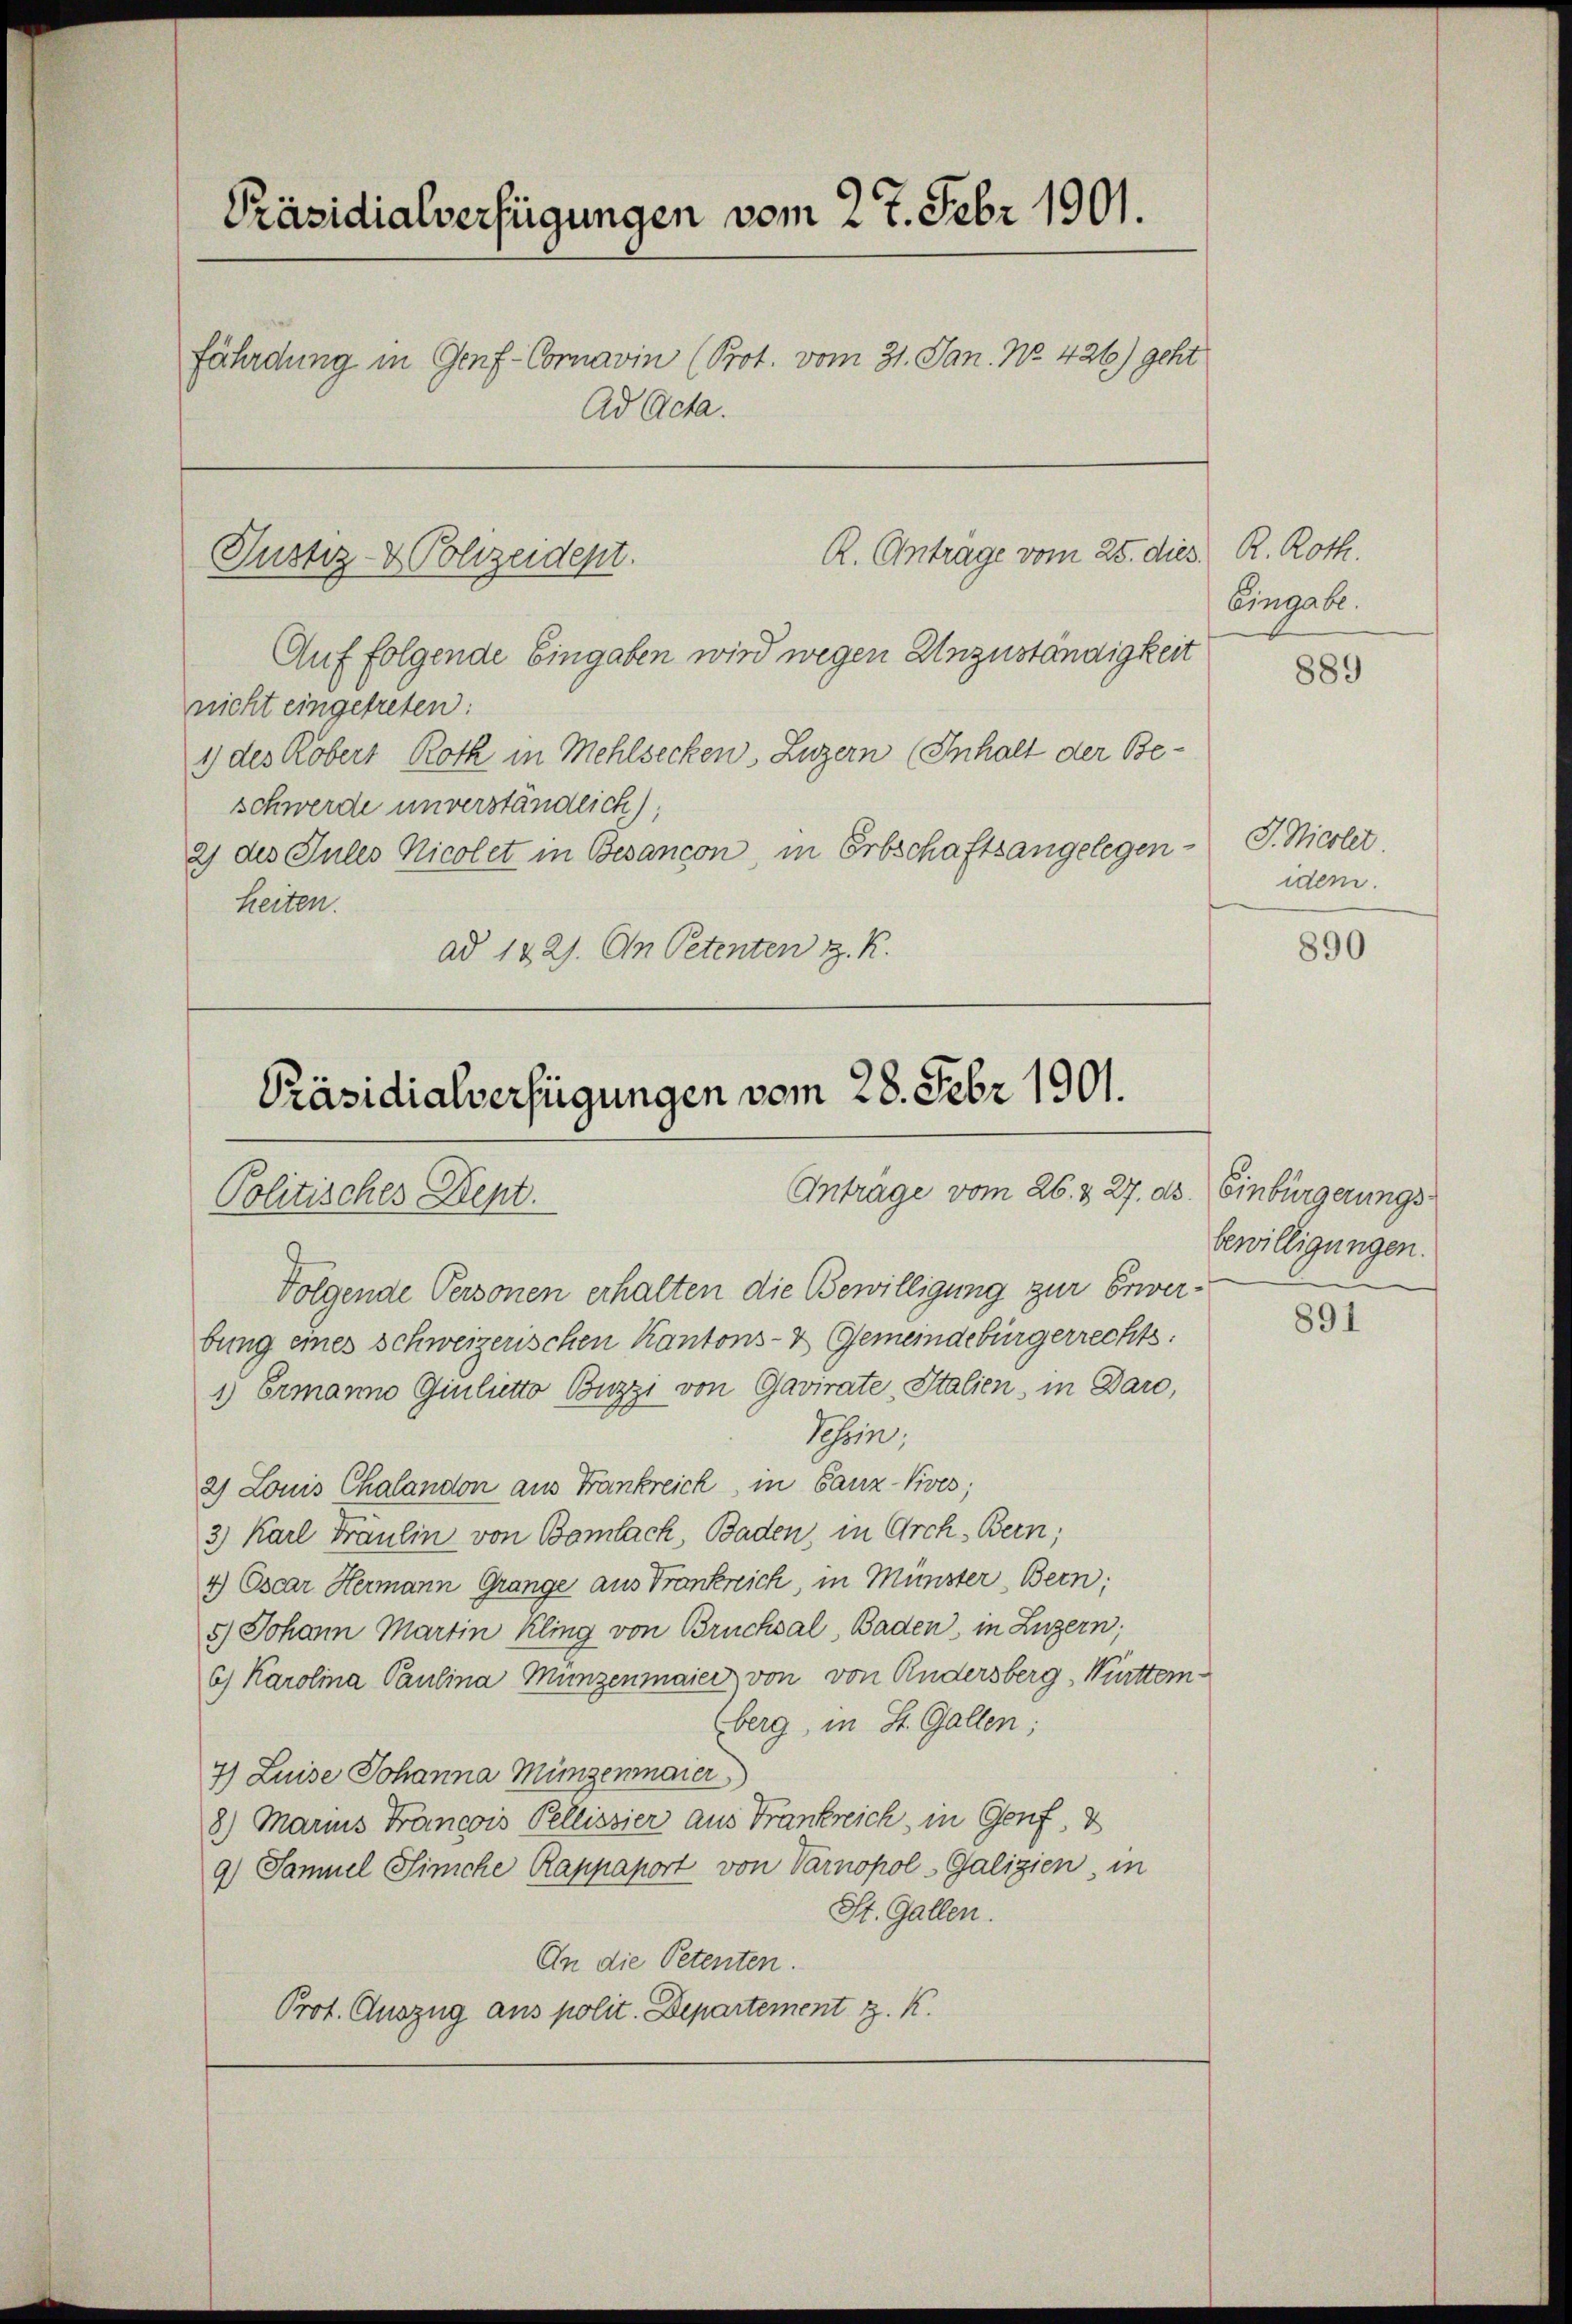
Präsidialverfügungen vom 27. Febr 1901.
fährdung in Genf-Conavin (Prot. vom 31. Jan. No. 426) geht
Ad Acta.

R. Anträge vom 25. dies.
Justiz- & Polizeident.

Auf folgende Eingaben wird wegen Unzuständigkeit
nicht eingetreten:
1) des Kobers Rock in Mehlsecken, Luzern (Inhalt der Beschwerde unverständlich),
2) des Jules Nicolet in Besancon, in Erbschaftsangelegen-
heiten.
ad 1221. An Petenten z. R.

Präsidialverfügungen vom 28. Febr 1901.
Antrage vom 26. & 27. ds. Einbürgerungs¬
Politisches Dept.

Folgende Personen erhalten die Bewilligung zur Erwerbung eines schweizerischen Kantons- & Gemeindebürgerrechts:
1) Ermanno Giulutto Buzzi von Gavirate, Italien, in Daro,
Tessin,
2) Louis Chalandon aus Frankreich, in Ganz Kives;
3) Karl Fräulin von Bombach Baden, in Arch. Bern;
4 Cscar Hermann Grange aus Trankreich, in Münster, Bern;
5) Johann Martin Kling von Brucksal, Baden, in Luzern;
6) Karolina Paulina Münzenmaier von von Andersberg, Württemberg, in St. Gallen;
7) Luise Johanna Münzenmaier
8) Marius Francois Pellissier aus Frankreich, in Genf,
9) Samuel Siniche Rappaport von Varnopol-Galizien, in
St. Gallen.
An die Petenten.
Prot. Auszug aus polit. Departement z. K.

R. Roth.
Eingabe.

J. Nicolet
idem.

889

890

bewilligungen.

891